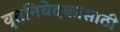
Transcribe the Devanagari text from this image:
वृत्तनिवेदकासाठी